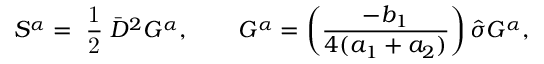
S ^ { \alpha } = { \mathrm { \small { ~ \frac 1 2 ~ } } } \bar { \cal D } ^ { 2 } { \cal G } ^ { \alpha } , \quad \quad { \cal G } ^ { \alpha } = \left( \frac { - b _ { 1 } } { 4 ( a _ { 1 } + a _ { 2 } ) } \right) \hat { \sigma } G ^ { \alpha } ,